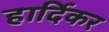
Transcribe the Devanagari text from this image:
हार्दिकर